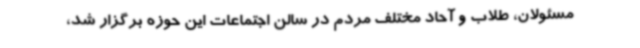
مسئولان، طلاب و آحاد مختلف مردم در سالن اجتماعات این حوزه برگزار شد،